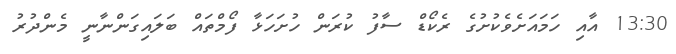
13:30 އާއި ހަމައަށެވެކުށުގެ ރެކޯޑް ސާފު ކުރަން ހުށަހަޅާ ފޯމްތައް ބަލައިގަންނާނީ މެންދުރު